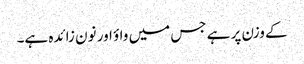
کے وزن پر ہے جس میں واؤ اور نون زائدہ ہے۔